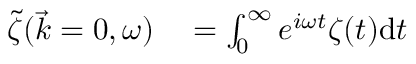
\begin{array} { r l } { \Tilde { \zeta } ( \Vec { k } = 0 , \omega ) } & { { } = \int _ { 0 } ^ { \infty } e ^ { i \omega t } \zeta ( t ) \mathrm { d } t } \end{array}